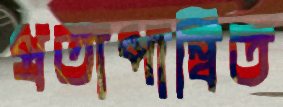
প্রতাপান্বিত